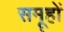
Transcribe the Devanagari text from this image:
समू्हों